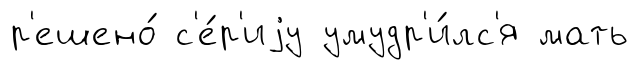
р'ешено́ с'е́р'иjу умудр'и́лс'я мать